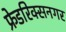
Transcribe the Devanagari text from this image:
फ्रेडरिक्सनगर